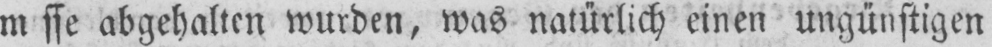
abgehalten wurden, was natürlich einen ungünstigen